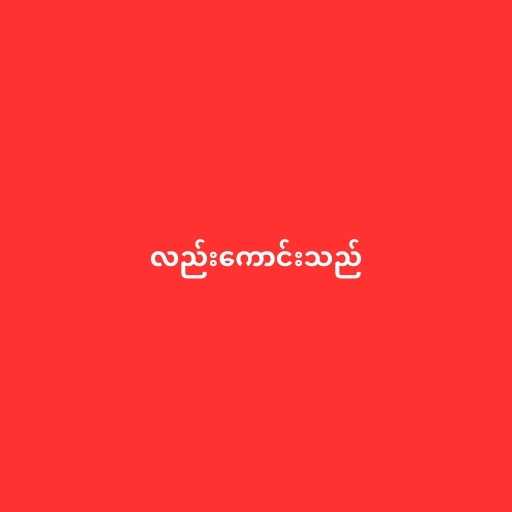
လည်းကောင်းသည်